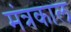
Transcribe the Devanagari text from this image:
मंत्रकाल